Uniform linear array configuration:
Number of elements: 16
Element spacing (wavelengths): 0.5
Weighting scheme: cosine
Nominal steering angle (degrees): -60
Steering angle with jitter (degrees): -59.272
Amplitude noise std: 0.05
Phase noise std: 0.05

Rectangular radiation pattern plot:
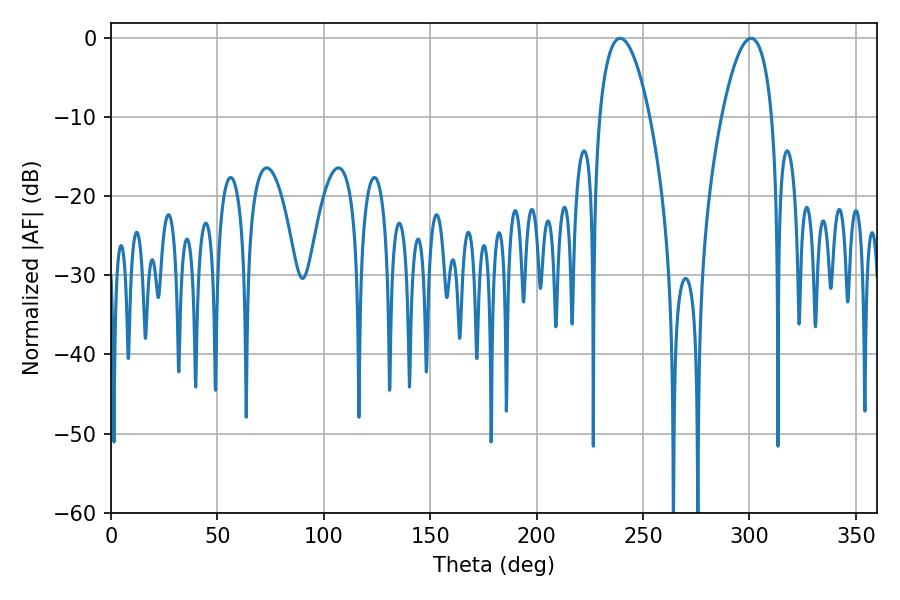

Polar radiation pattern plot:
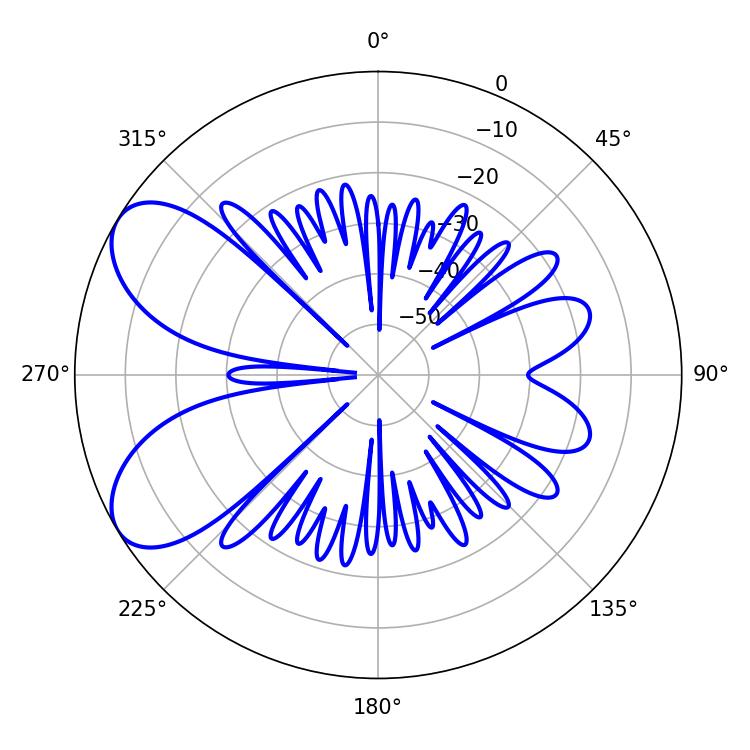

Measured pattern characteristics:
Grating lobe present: FALSE
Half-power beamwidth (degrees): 13.14
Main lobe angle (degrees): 239.22